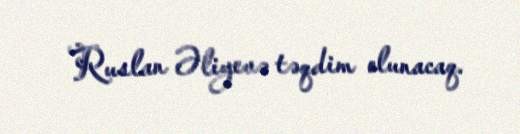
Ruslan Əliyevə təqdim olunacaq.